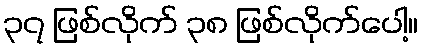
၃၇ ဖြစ်လိုက် ၃၈ ဖြစ်လိုက်ပေါ့။